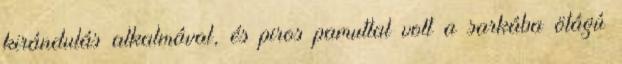
kirándulás alkalmával, és piros pamuttal volt a sarkába ötágú